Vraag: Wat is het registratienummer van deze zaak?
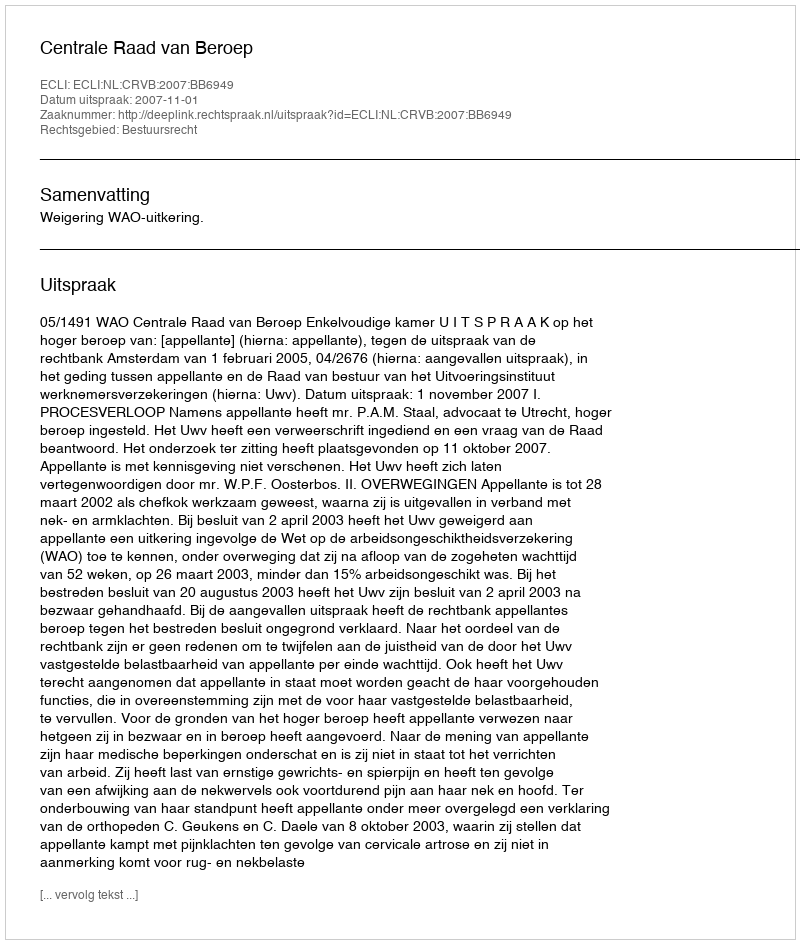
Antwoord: http://deeplink.rechtspraak.nl/uitspraak?id=ECLI:NL:CRVB:2007:BB6949